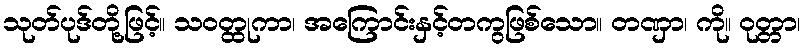
သုတ်ပုဒ်တို့ဖြင့်။ သဝတ္ထုကာ၊ အကြောင်းနှင့်တကွဖြစ်သော။ တဏှာ၊ ကို။ ဝုတ္တာ၊